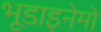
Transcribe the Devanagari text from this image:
भूडाइनेमो